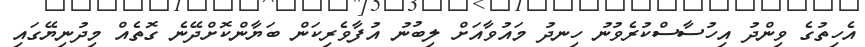
އެހިތުގެ ވިންދު އިހުސާސްކުރެވުނު ހިނދު މައުވާއަށް ލިބުނު އުފާވެރިކަން ބަޔާންކޮށްދޭނެ ގޮތެއް މިދުނިޔޭގައި